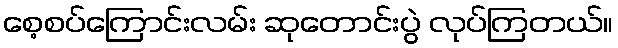
စေ့စပ်ကြောင်းလမ်း ဆုတောင်းပွဲ လုပ်ကြတယ်။